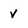
Character: V